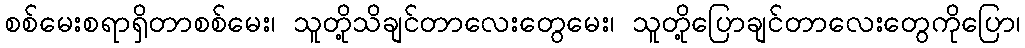
စစ်မေးစရာရှိတာစစ်မေး၊ သူတို့သိချင်တာလေးတွေမေး၊ သူတို့ပြောချင်တာလေးတွေကိုပြော၊